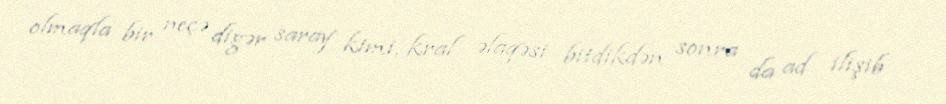
olmaqla bir neçə digər saray kimi, kral əlaqəsi bitdikdən sonra da ad ilişib